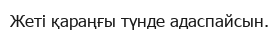
Жеті қараңғы түнде адаспайсын.